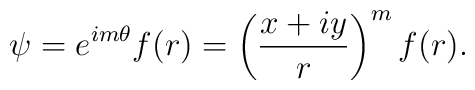
\psi = e^{i m \theta} f(r) =  \left(    \frac{x + i y}{r}  \right)^m f (r).